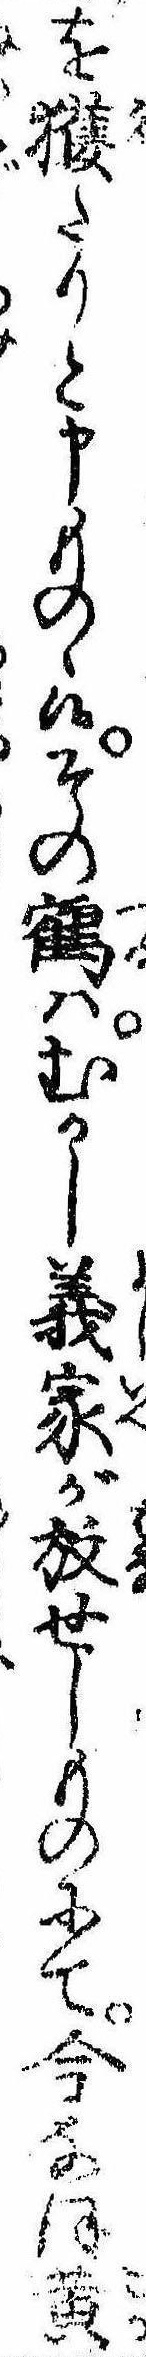
を獲たりと申ものゝ候その鶴はむかし義家が放せしものにて今なほ黄